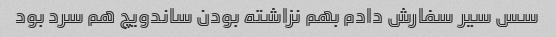
سس سیر سفارش دادم بهم نزاشته بودن ساندویچ هم سرد بود